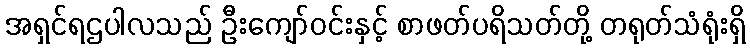
အရှင်ရဌပါလသည် ဦးကျော်ဝင်းနှင့် စာဖတ်ပရိသတ်တို့ တရုတ်သံရုံးရှိ